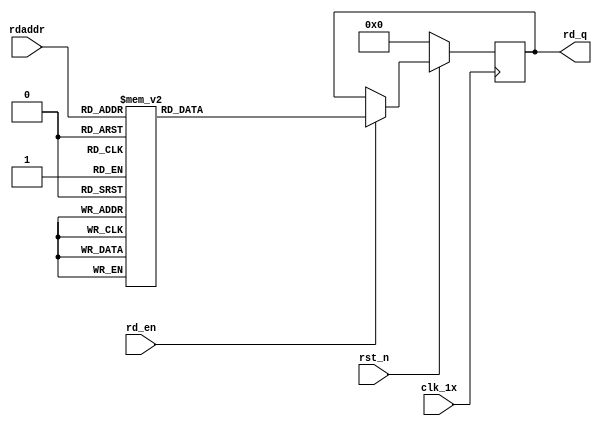
`timescale 1ns / 1ps
module F_short_t12_next_Rom7(
input	          							clk_1x,
input	          							rst_n,
//////////////////////////////////////////////////////////////
input										rd_en,
input				[4:0]				rdaddr,
output		reg			[167:0]				rd_q
);

always @(posedge clk_1x)begin
	if(~rst_n)begin
		rd_q <= 168'b0;
	end
	else if(rd_en == 1'b1)begin
		case(rdaddr)
			5'h14: rd_q <= 168'b010000100000001000011010101000011100000000000111111101101110010011011000010110011000011111111111011000110011011101010001100011100101001101111001000001111010011101111101;
			5'h13: rd_q <= 168'b000111111110011101011001101100100111010111010101010010010010100110001010010101011110111011101000101010110101100100010110101000010000000011011110010100000110110110001011;
			5'h12: rd_q <= 168'b111001010010101111100111000100011011011000111010010011010010001001001101100000100011000011000010001010100001011101011100001110001011001101001011010111011101110000001010;
			5'h11: rd_q <= 168'b000000100111001110101001100001010011111000011001101001011000100000001000000101011010010100100111110100001110011100001110011010100110000011010110000101000011000011000100;
			5'h10: rd_q <= 168'b101101000011101111111100111101110100110011111010001010010100110000011000011100001010011011110111001001110110010001010001010001100000000011010111010010001110000011000010;
			5'h0f: rd_q <= 168'b011100111100000011011010011100010110100101010111000111100000111100100001101001100101100001111110110110111010110010101100000100001111010100001110111011101110001100011001;
			5'h0e: rd_q <= 168'b100000101000011100110010000011101001011001000001110101010111101001010100010101101101001100010100000001101000010010101000011100010111001010011010010011111010000110111101;
			5'h0d: rd_q <= 168'b111010000101011100001000010101001100010010010111000001101110010111001001110101001100011010011010101010101101100111001110000001011110101000000011100001011100000010001110;
			5'h0c: rd_q <= 168'b111001001001011100010110011100010100011101011100110000001000111100010100111011011010001001100001110100010111000001010000011110110011101110010011001011111011111100101011;
			5'h0b: rd_q <= 168'b110011001011100010110001011111001000111111110001001110001111100101001110100111101111100111111111100011111011110011100110000110111110111100100101111001100111001001011000;
			5'h0a: rd_q <= 168'b100100101110101000011100100000011010111001010011011111010001110100110001011001001000111010101000101111010100010011001111011111100010011001010010100011101010110101010000;
			5'h09: rd_q <= 168'b000101000010011011111001000011011111110011010010101011010101010001001111111100000101110000110110001111101101010110001101011111011011110100001100101010011110011001101101;
			5'h08: rd_q <= 168'b010110011101010100100010000001010101000101100110100110101111111000100011000001111001110101101001101011011100111100011011000001000011110010110001001100110000100000001011;
			5'h07: rd_q <= 168'b010000001100110101001101111000011110101011111001000011111011101100001100001000101010011101110101000110000101011110000111101000110000111100100000111010011111100101101101;
			5'h06: rd_q <= 168'b010110011000000111001001101100011011110101110000101100010101110011001100010001000100111110010010111011101110100110011001000011101110001000000011000111110100100000010100;
			5'h05: rd_q <= 168'b000001010111010010000101000011011110111011100010010011110011101100001000011111000000101001100001101101110111010011011011111101011011111000101000101111011100010101111000;
			5'h04: rd_q <= 168'b000111101110101101101110000111001100111000101100011000110111001011000000101010011101100011101110101111001110101111011001101100000101011100000001101011100110000101100101;
			5'h03: rd_q <= 168'b110111110100110101011000101100111110111111110100000101100011110010011111011000111110110000000100101000011110111010011111011110100000111111001100011011100010110001101110;
			5'h02: rd_q <= 168'b100111110001100001100110010001101010111101111101101001110110100000100011001111011000011011011000001110100000100111010010100001001100111010001000111110110010011001000110;
			5'h01: rd_q <= 168'b100101010000001000111010111100001110010010000011010100011100110111011110111000010100010011101110101011011010011001010001000100000101000111011100110000100000011100101100;
			5'h00: rd_q <= 168'b010010011000011001010000001000101001100110001010110001010100001100101001110010111110100101101100010011111100100000011111100111010000111010001111000010010110011110010110;
		default:rd_q <= 168'b0;
		endcase
	end
end

endmodule